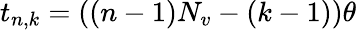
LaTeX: t_{n,k}=((n-1)N_{v}-(k-1))\theta